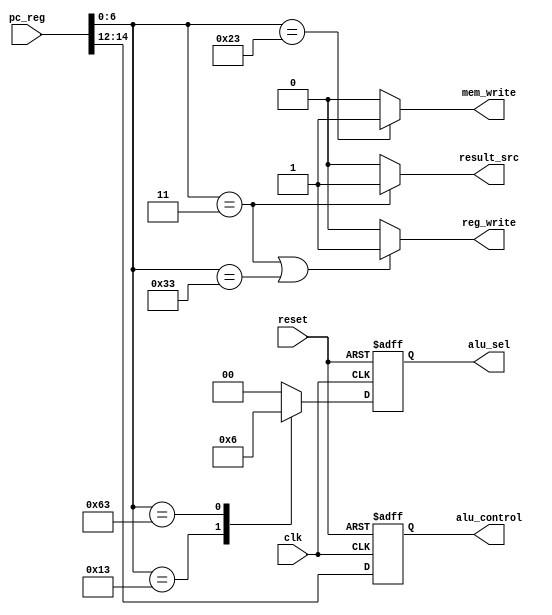
`timescale 1ns / 1ps
//////////////////////////////////////////////////////////////////////////////////
// Company: 
// Engineer: 
// 
// Design Name: 
// Module Name: control_unit
// Project Name: 
// Target Devices: 
// Tool Versions: 
// Description: 
// 
// Dependencies: 
// 
// Revision:
// Revision 0.01 - File Created
// Additional Comments:
// 
//////////////////////////////////////////////////////////////////////////////////


module control_unit(
    input clk,
    input reset,
    input [31:0] pc_reg,
    output reg [1:0] alu_sel,
    output reg [2:0] alu_control,
   // output wb_mux,
    output reg_write,
    output mem_write,
    output result_src
    );
    
    always @(posedge clk, negedge reset)
    begin
        if(!reset)
        begin 
            alu_control = 'b0;
            alu_sel = 'b0;
        end    
        
        else
        begin
            alu_control = pc_reg[14:12];
            case(pc_reg[6:0])
                7'b0110011: alu_sel = 2'b00; //REGISTER SELECTION
                7'b0010011: alu_sel = 2'b01; //IMMIDIATE SELECTION            
                7'b1100011: alu_sel = 2'b10; //BRANCH SELECTION
                default :   alu_sel = 'b0;      
            endcase    
        end
    end
    
      /*  reg [1:0]r_alu_sel;
        reg [2:0]r_alu_control;    
       
        
    always @(posedge clk, negedge reset)
    begin
        if(!reset)
        begin 
            r_alu_control = 'b0;
            r_alu_sel = 'b0;
        end    
        
        else
        begin
            r_alu_control = pc_reg[14:12];
            case(pc_reg[6:0])
                7'b0110011: r_alu_sel = 2'b00; //REGISTER SELECTION
                7'b0010011: r_alu_sel = 2'b01; //IMMIDIATE SELECTION            
                7'b1100011: r_alu_sel = 2'b10; //BRANCH SELECTION
                default :   r_alu_sel = 'b0;      
            endcase    
        end
    end
    
                                                             
    always @ (posedge clk, negedge reset)
    begin
        if(!reset)
        begin 
            alu_control <= 'b0;
            alu_sel     <= 'b0;
        end
        
        else
        begin
            alu_control <= r_alu_control;
            alu_sel     <= r_alu_sel;
        end   
    end  
    */
    //assign r_alu_control = pc_reg[14:12];
   // assign wb_mux     = (pc_reg[6:0] == 7'b0000011 | pc_reg[6:0] == 7'b0110011) ? 1'b1 : 1'b0 ;
    assign reg_write  = (pc_reg[6:0] == 7'b0000011 | pc_reg[6:0] == 7'b0110011) ? 1'b1 : 1'b0 ;
    assign mem_write  = (pc_reg[6:0] == 7'b0100011) ? 1'b1 : 1'b0 ;
    assign result_src = (pc_reg[6:0] == 7'b0000011) ? 1'b1 : 1'b0 ;
       
    initial
     $display("..................Control_Unit is executed.............................");
    // $monitor("@time=%0t,pc_reg = %0h,alu_sel=%0h,alu_control=%0h",$time,pc_reg,alu_sel,alu_control);
endmodule